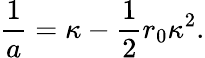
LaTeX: \frac{1}{a}=\kappa-\frac{1}{2}r_{0}\kappa^{2}.